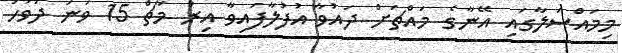
މިމައްސަލާގައި އޭނާގެ މައްޗަށް ދައުވާ އުފުލާފައިވާ އިރު މާޗް 15 ވަނަ ދުވަހު